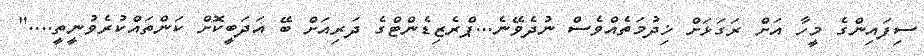
ސިފައިންގެ މީހާ އަށް ރަގަޅަށް ޚިދުމަތެއްވެސް ނުދެވޭނެ...ޕްރެޒިޑެންޓްގެ ދަރިއަށް ބޭ އަދަބީކޮށް ކަންތައްކުރެވުނީތީ...."